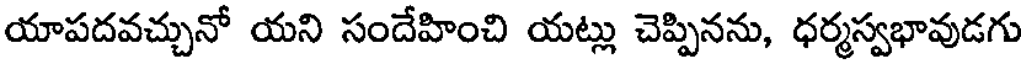
యాపదవచ్చునో యని సందేహించి యట్లు చెప్పినను, ధర్మస్వభావుడగు